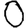
Digit: 0